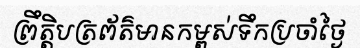
ព្រឹត្តិបត្រព័ត៌មានកម្ពស់ទឹកប្រចាំថ្ងៃ